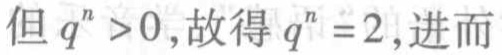
但 \(q^{n} > 0\)，故得 \(q^{n} = 2\)，进而